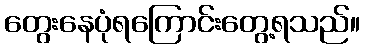
တွေးနေပုံရကြောင်းတွေ့ရသည်။